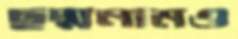
ছদ্মনামও